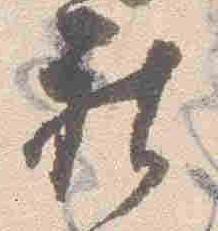
被